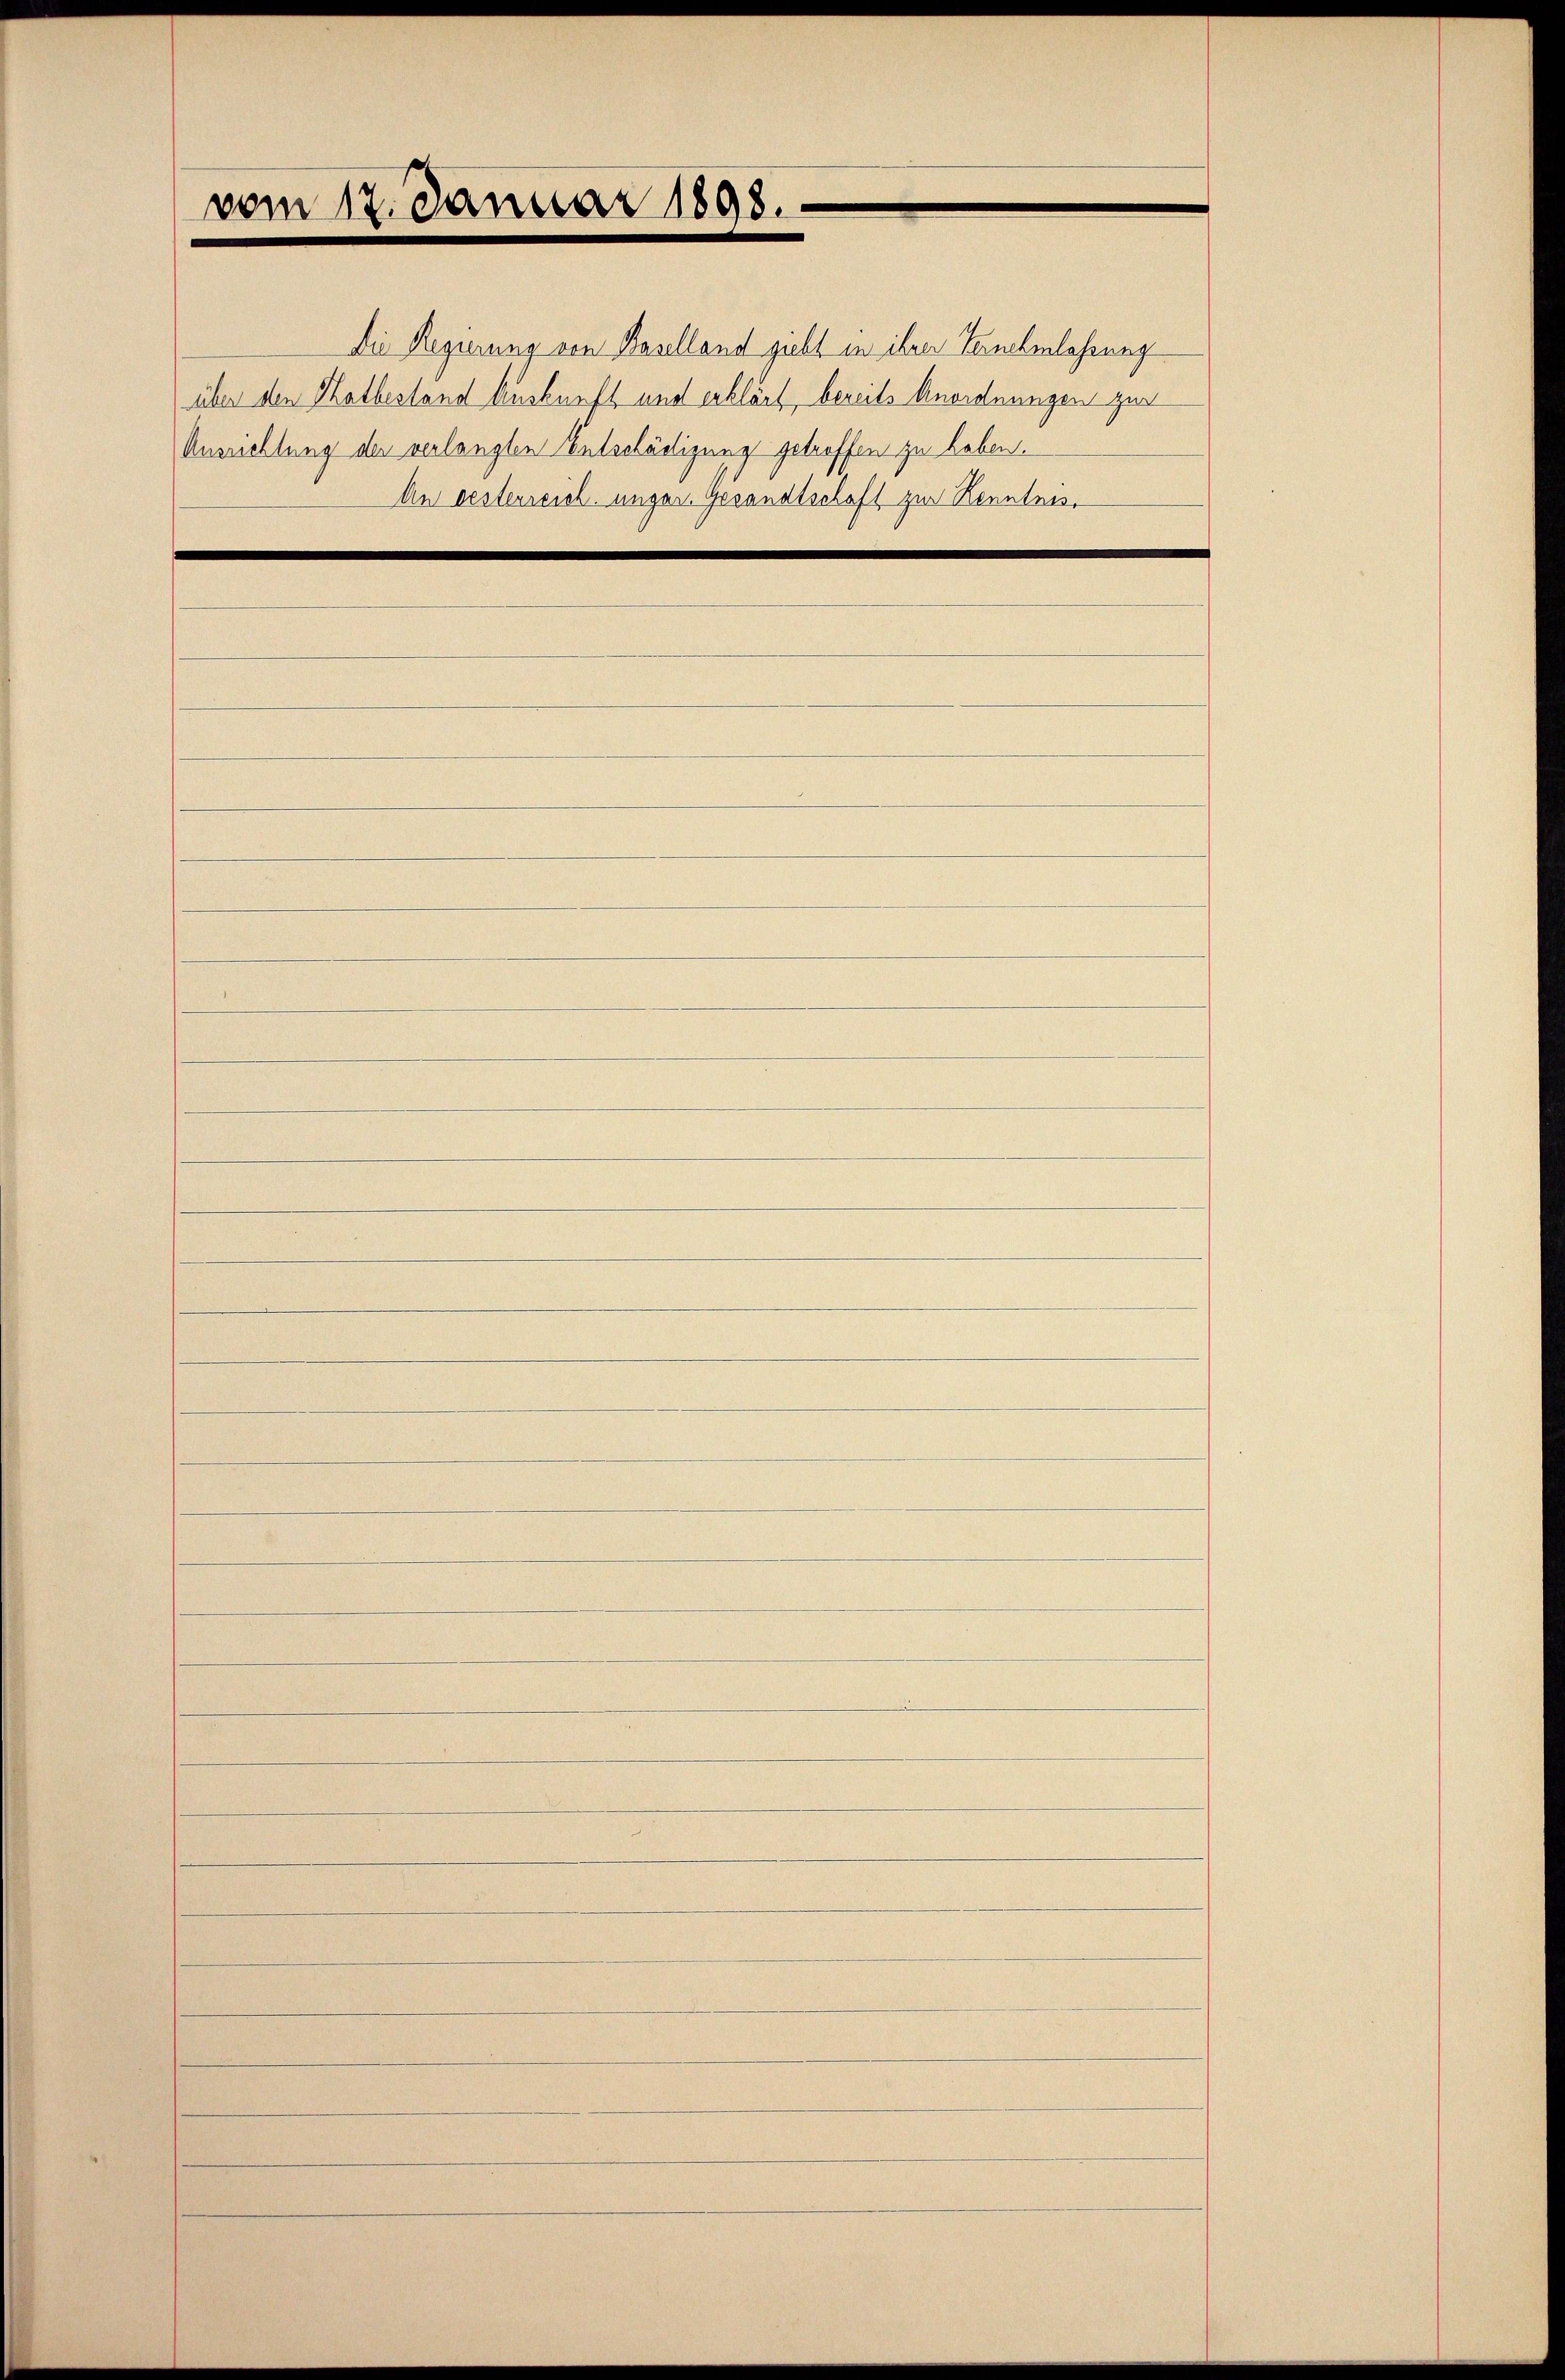
vom 17. Januar 1898.

Die Regierung von Baselland giebt in ihrer Teuchelahrung
über den Hatbestand Auskunft und erklärt, bereits Anordnungen zur
Ausrichtung der verlangten Entschädigung getreffen zu haben.

An besterreich, unger. Gesandtschaft zur Kenntnis